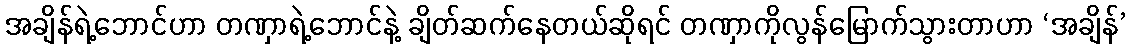
အချိန်ရဲ့ဘောင်ဟာ တဏှာရဲ့ဘောင်နဲ့ ချိတ်ဆက်နေတယ်ဆိုရင် တဏှာကိုလွန်မြောက်သွားတာဟာ ‘အချိန်’